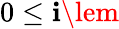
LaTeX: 0\le\mathbf{i}\lem